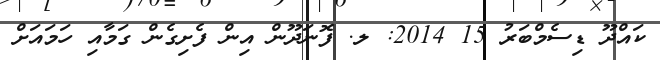
ކައްދޫ ޑިސެމްބަރު 15 2014: ލ. ފޮނަދޫން އިން ފެށިގެން ގަމާއި ހަމައަށް